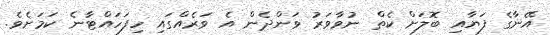
އޭނާގެ ފަޔާއި ބޮލަށް ކެތް ނުވާވަރު ވަންދެން އެ ވަރެއްގައި ހިފަހައްޓާނެ ކަމަށެވެ.